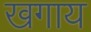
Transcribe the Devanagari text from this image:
खगाय